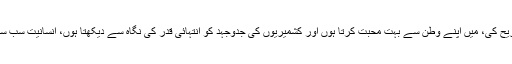
آفریدی نے لکھا، ‘میرے بیان کی بھارتی میڈیا نے غلط تشریح کی، میں اپنے وطن سے بہت محبت کرتا ہوں اور کشمیریوں کی جدوجہد کو انتہائی قدر کی نگاہ سے دیکھتا ہوں، انسانیت سب سے بالاتر ہونی چاہیے اور انہیں ان کے حقوق ملنے چاہئیں’۔